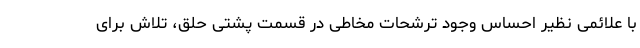
با علائمی نظیر احساس وجود ترشحات مخاطی در قسمت پشتی حلق، تلاش برای